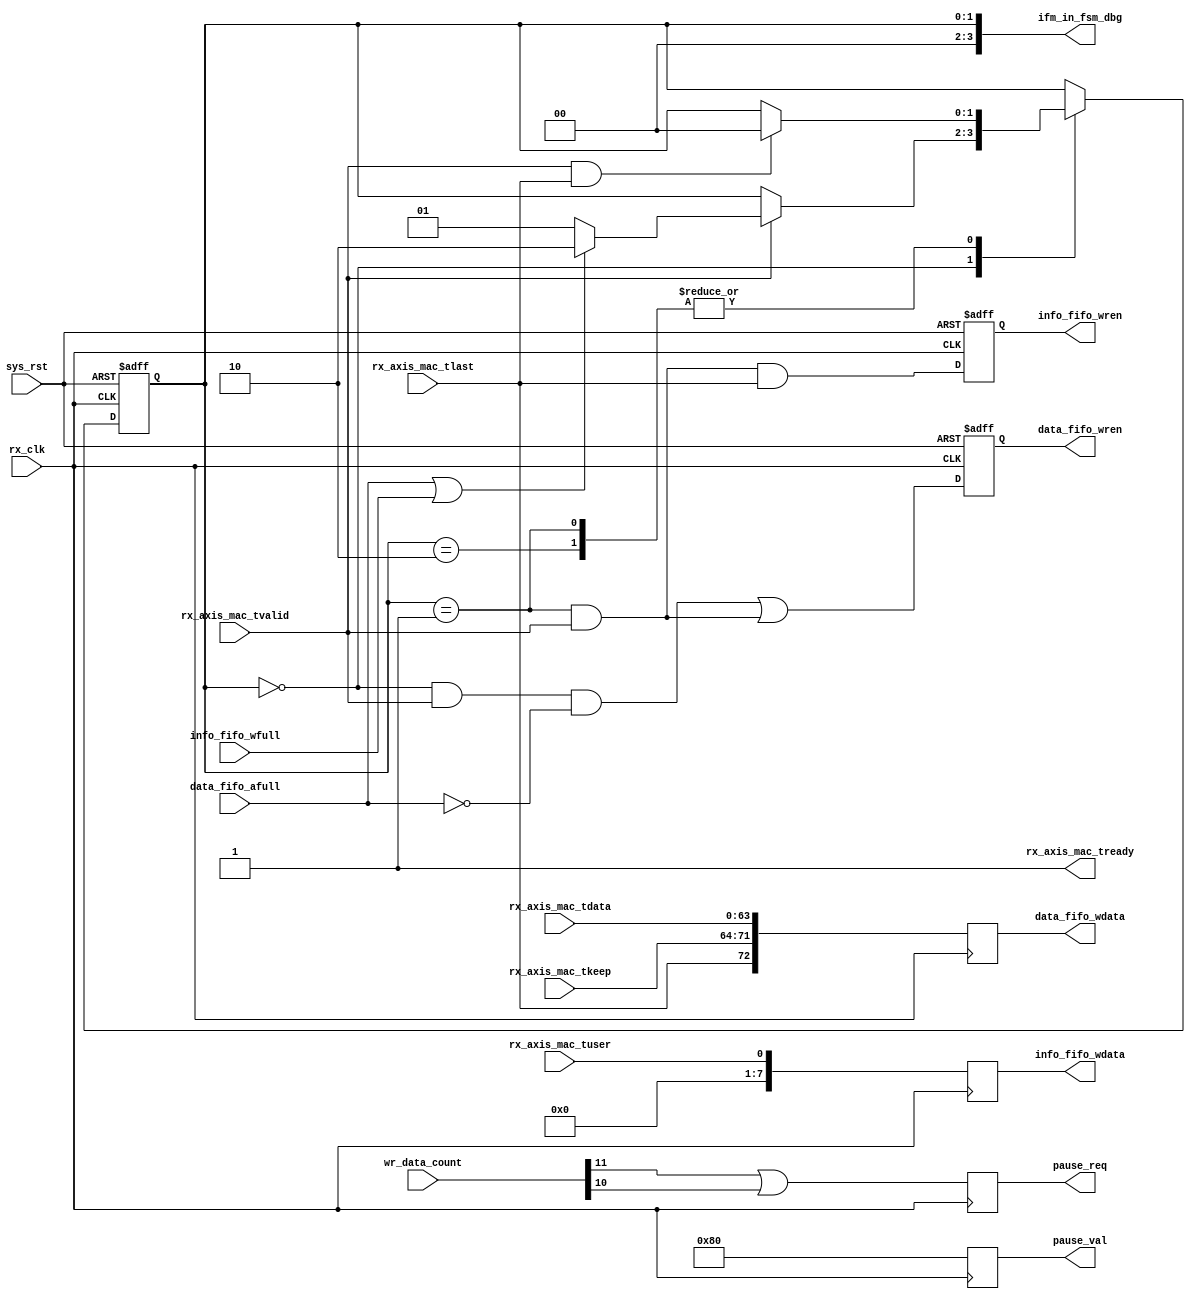
// ifm_in_fsm.v --- 
// 
// Description: 
// Maintainer: 
// Version: 
// Last-Updated: 
//           By: 
//     Update #: 0
// URL: 
// Keywords: 
// Compatibility: 
// 
// 

// Commentary: 
// 
// 
// 
// 

// Change log:
// 
// 
// 

// -------------------------------------
// Naming Conventions:
// 	active low signals                 : "*_n"
// 	clock signals                      : "clk", "clk_div#", "clk_#x"
// 	reset signals                      : "rst", "rst_n"
// 	generics                           : "C_*"
// 	user defined types                 : "*_TYPE"
// 	state machine next state           : "*_ns"
// 	state machine current state        : "*_cs"
// 	combinatorial signals              : "*_com"
// 	pipelined or register delay signals: "*_d#"
// 	counter signals                    : "*cnt*"
// 	clock enable signals               : "*_ce"
// 	internal version of output port    : "*_i"
// 	device pins                        : "*_pin"
// 	ports                              : - Names begin with Uppercase
// Code:
`timescale 1ps/1ps
module ifm_in_fsm (/*AUTOARG*/
   // Outputs
   rx_axis_mac_tready, data_fifo_wdata, data_fifo_wren, pause_req,
   pause_val, info_fifo_wdata, info_fifo_wren, ifm_in_fsm_dbg,
   // Inputs
   rx_clk, sys_rst, rx_axis_mac_tdata, rx_axis_mac_tkeep,
   rx_axis_mac_tlast, rx_axis_mac_tuser, rx_axis_mac_tvalid,
   data_fifo_afull, wr_data_count, info_fifo_wfull
   );
   input rx_clk;
   input sys_rst;

   input [63:0] rx_axis_mac_tdata;
   input [ 7:0] rx_axis_mac_tkeep;
   input        rx_axis_mac_tlast;
   input        rx_axis_mac_tuser;
   input 	rx_axis_mac_tvalid;
   output 	rx_axis_mac_tready;   

   output [72:0] data_fifo_wdata;
   output 	 data_fifo_wren;
   input 	 data_fifo_afull;
   input [11:0]  wr_data_count;

   output 	 pause_req;
   output [15:0] pause_val;
   
   output [7:0]  info_fifo_wdata;
   output 	 info_fifo_wren;
   input         info_fifo_wfull;

   /*AUTOREG*/
   // Beginning of automatic regs (for this module's undeclared outputs)
   reg [72:0]		data_fifo_wdata;
   reg			data_fifo_wren;
   reg [7:0]		info_fifo_wdata;
   reg			info_fifo_wren;
   reg			pause_req;
   reg [15:0]		pause_val;
   // End of automatics

   localparam [1:0] 		// synopsys enum state_info
     S_IDLE = 2'h0,
     S_WAIT = 2'h1,
     S_DROP = 2'h2;
   reg [1:0] // synopsys enum state_info
	     state, state_ns;
   always @(posedge rx_clk or posedge sys_rst)
     begin
	if (sys_rst)
	  begin
	     state <= #1 S_IDLE;
	  end
	else
	  begin
	     state <= #1 state_ns;
	  end
     end // always @ (posedge rx_clk or posedge sys_rst)
   always @(*)
     begin
	state_ns = state;
	case (state)
	  S_IDLE: if (rx_axis_mac_tvalid)
	    begin
	       state_ns = (data_fifo_afull || info_fifo_wfull) ? S_DROP : S_WAIT;
	    end
	  S_DROP: if (rx_axis_mac_tvalid & rx_axis_mac_tlast)
	    begin
	       state_ns = S_IDLE;
	    end
	  S_WAIT: if (rx_axis_mac_tvalid & rx_axis_mac_tlast)
	    begin
	       state_ns = S_IDLE;
	    end
	endcase
     end // always @ (*)

   assign rx_axis_mac_tready = 1'b1;
   always @(posedge rx_clk or posedge sys_rst)
     begin
	if (sys_rst)
	  begin
	     data_fifo_wren <= #1 1'b0;
	     info_fifo_wren <= #1 1'b0;
	  end
	else
	  begin
	     data_fifo_wren <= #1 ((state == S_IDLE && rx_axis_mac_tvalid && ~data_fifo_afull) ||
				   (state == S_WAIT && rx_axis_mac_tvalid));
	     info_fifo_wren <= #1 (state == S_WAIT && rx_axis_mac_tvalid && rx_axis_mac_tlast);
	  end
     end // always @ (posedge rx_clk or posedge sys_rst)
   always @(posedge rx_clk)
     begin
	data_fifo_wdata[63:0] <= #1 rx_axis_mac_tdata[63:0];
	data_fifo_wdata[71:64]<= #1 rx_axis_mac_tkeep[7:0];
	data_fifo_wdata[72]   <= #1 rx_axis_mac_tlast;
	info_fifo_wdata[0]    <= #1 rx_axis_mac_tuser;
	info_fifo_wdata[7:1]  <= #1 0;
     end // always @ (posedge rx_clk)

   always @(posedge rx_clk)
     begin
	pause_req <= #1 wr_data_count[11] | wr_data_count[10];
	pause_val <= #1 16'h80;	// pause for 8x128=1024 data cycle
     end
   
   output [3:0] ifm_in_fsm_dbg;
   assign ifm_in_fsm_dbg = state;
endmodule
// 
// ifm_in_fsm.v ends here